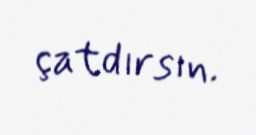
çatdırsın.